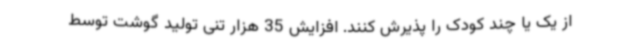
از یک یا چند کودک را پذیرش کنند. افزایش 35 هزار تنی تولید گوشت توسط